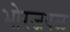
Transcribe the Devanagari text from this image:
भोरजवळ